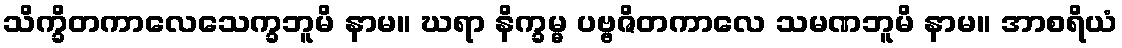
သိက္ခိတကာလေသေက္ခဘူမိ နာမ။ ဃရာ နိက္ခမ္မ ပဗ္ဗဇိတကာလေ သမဏဘူမိ နာမ။ အာစရိယံ